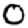
Digit: 0